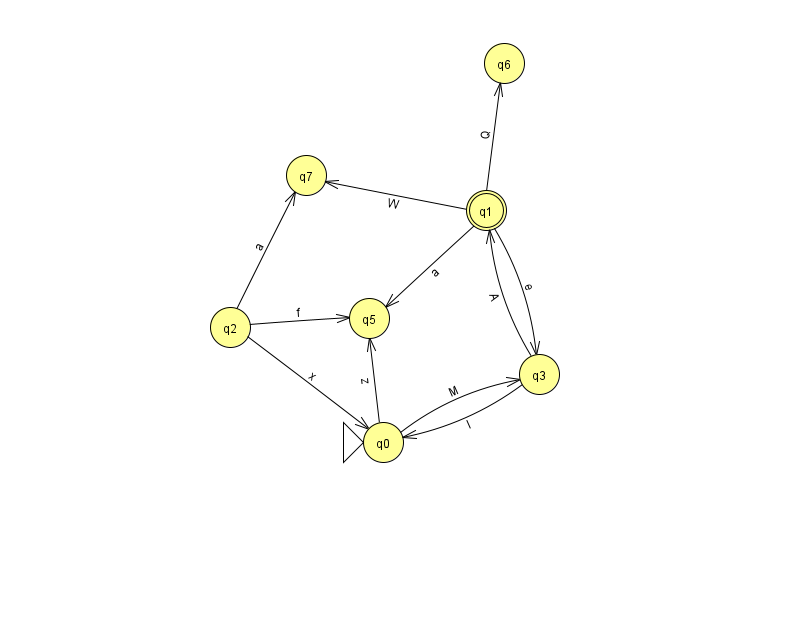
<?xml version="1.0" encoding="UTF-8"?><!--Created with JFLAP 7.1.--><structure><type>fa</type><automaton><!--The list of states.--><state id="0" name="q0"><x>383.0</x><y>429.0</y><initial/></state><state id="1" name="q1"><x>486.0</x><y>197.0</y><final/></state><state id="2" name="q2"><x>230.0</x><y>314.0</y></state><state id="3" name="q3"><x>539.0</x><y>361.0</y></state><state id="5" name="q5"><x>369.0</x><y>305.0</y></state><state id="6" name="q6"><x>504.0</x><y>50.0</y></state><state id="7" name="q7"><x>306.0</x><y>162.0</y></state><!--The list of transitions.--><transition><from>1</from><to>3</to><read>e</read></transition><transition><from>0</from><to>5</to><read>z</read></transition><transition><from>1</from><to>7</to><read>W</read></transition><transition><from>2</from><to>0</to><read>x</read></transition><transition><from>2</from><to>5</to><read>f</read></transition><transition><from>3</from><to>1</to><read>A</read></transition><transition><from>1</from><to>6</to><read>Q</read></transition><transition><from>3</from><to>0</to><read>l</read></transition><transition><from>0</from><to>3</to><read>M</read></transition><transition><from>2</from><to>7</to><read>a</read></transition><transition><from>1</from><to>5</to><read>a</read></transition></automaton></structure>